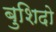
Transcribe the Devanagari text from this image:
बुशिदो